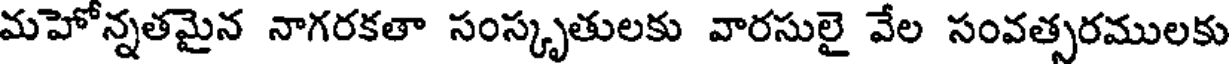
మహో న్నతమైన నాగరకతా సంస్కృతులకు వారసులై వేల సంవత్సరములకు